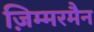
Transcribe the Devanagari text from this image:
ज़िम्मरमैन